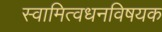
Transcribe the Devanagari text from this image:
स्वामित्वधनविषयक